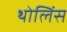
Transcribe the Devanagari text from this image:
थोलिंस